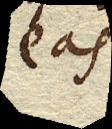
eas